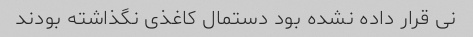
نی قرار داده نشده بود دستمال کاغذی نگذاشته بودند